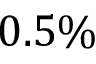
0 . 5 \%